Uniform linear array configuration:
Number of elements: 32
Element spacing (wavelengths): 1
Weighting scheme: uniform
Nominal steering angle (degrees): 60
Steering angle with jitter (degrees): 58.117
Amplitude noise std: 0.05
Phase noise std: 0.05

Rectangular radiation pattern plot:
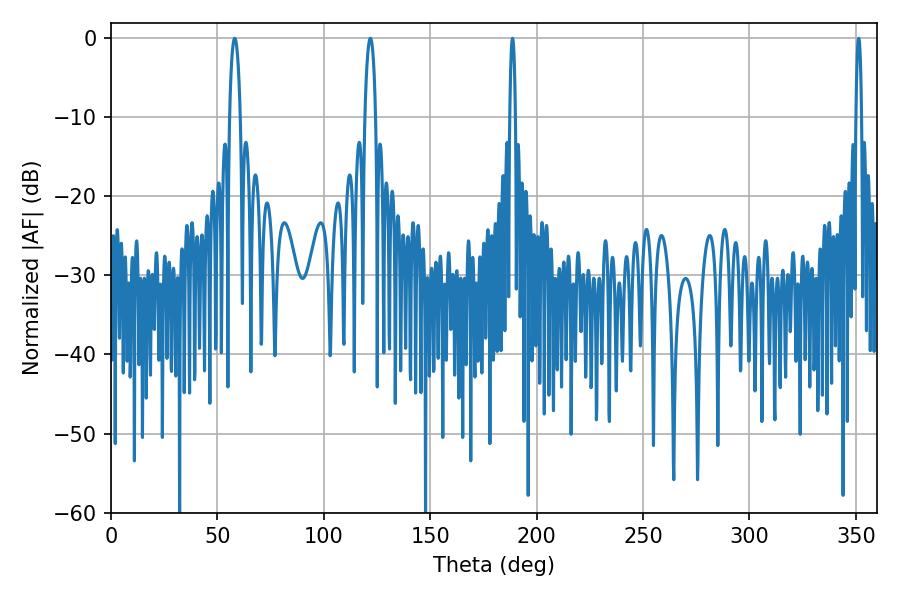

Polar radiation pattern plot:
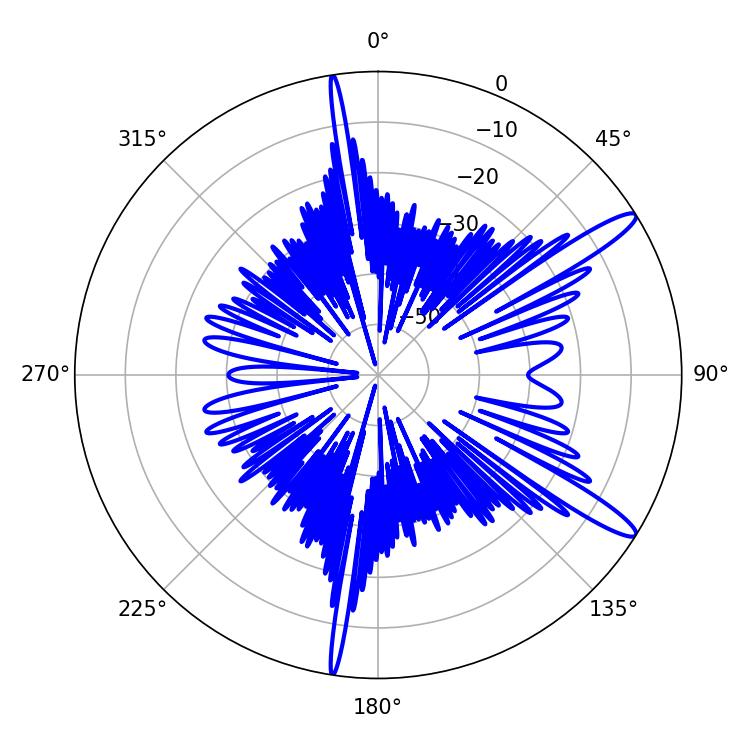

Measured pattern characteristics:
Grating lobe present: TRUE
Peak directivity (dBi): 13.491
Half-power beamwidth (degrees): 2.88
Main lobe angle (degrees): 58.14